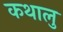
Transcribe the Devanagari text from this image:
कथालु